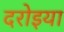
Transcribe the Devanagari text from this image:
दरोइया